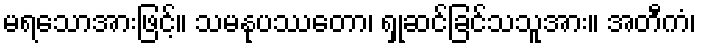
မရသောအားဖြင့်။ သမနုပဿတော၊ ရှုဆင်ခြင်သသူအား။ အတီကံ၊